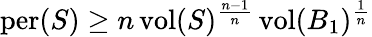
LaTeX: \mathrm{per}(S)\geq n\, \mathrm{vol}(S)^{\frac{n-1}{n}}\, \mathrm{vol}(B_{1})^{\frac{1}{n}}